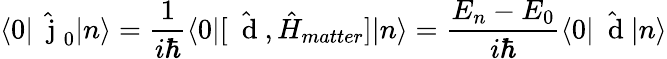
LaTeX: \langle 0|\hat{\mathrm{~\mathbf~j~}}_{0}|n\rangle=\frac{1}{i\hbar}\langle 0|[\hat{\mathrm{~\mathbf~d~}},\hat{H}_{matter}]|n\rangle=\frac{E_{n}-E_{0}}{i\hbar}\langle 0|\hat{\mathrm{~\mathbf~d~}}|n\rangle